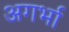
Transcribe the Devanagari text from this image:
अगर्भा